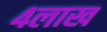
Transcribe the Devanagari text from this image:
४लाख